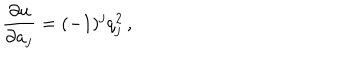
LaTeX: { \frac { \partial u } { \partial a _ { j } } } = ( - 1 ) ^ { j } q _ { j } ^ { 2 } \, ,